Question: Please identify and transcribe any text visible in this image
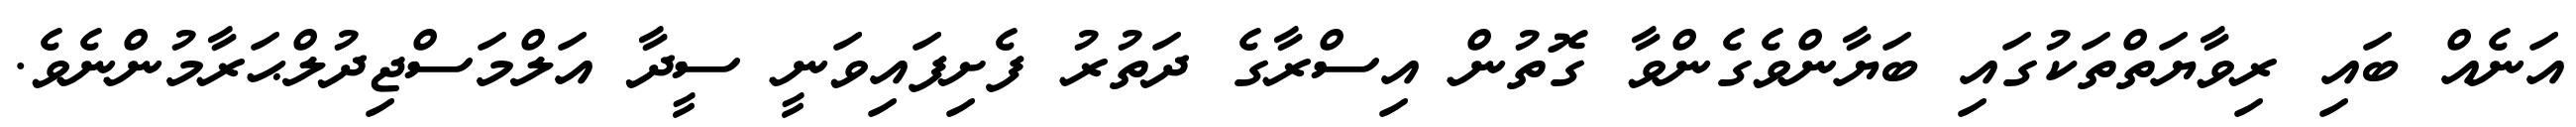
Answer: އަނެއް ބައި ރިވާޔަތްތަކުގައި ބަޔާންވެގެންވާ ގޮތުން އިސްރާގެ ދަތުރު ފެށިފައިވަނީ ސީދާ އަލްމަސްޖިދުލްޙަރާމުންނެވެ.